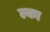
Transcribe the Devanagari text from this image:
ल्का